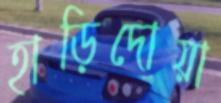
হাড়িদোয়া